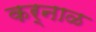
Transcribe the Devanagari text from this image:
कर्नाळ